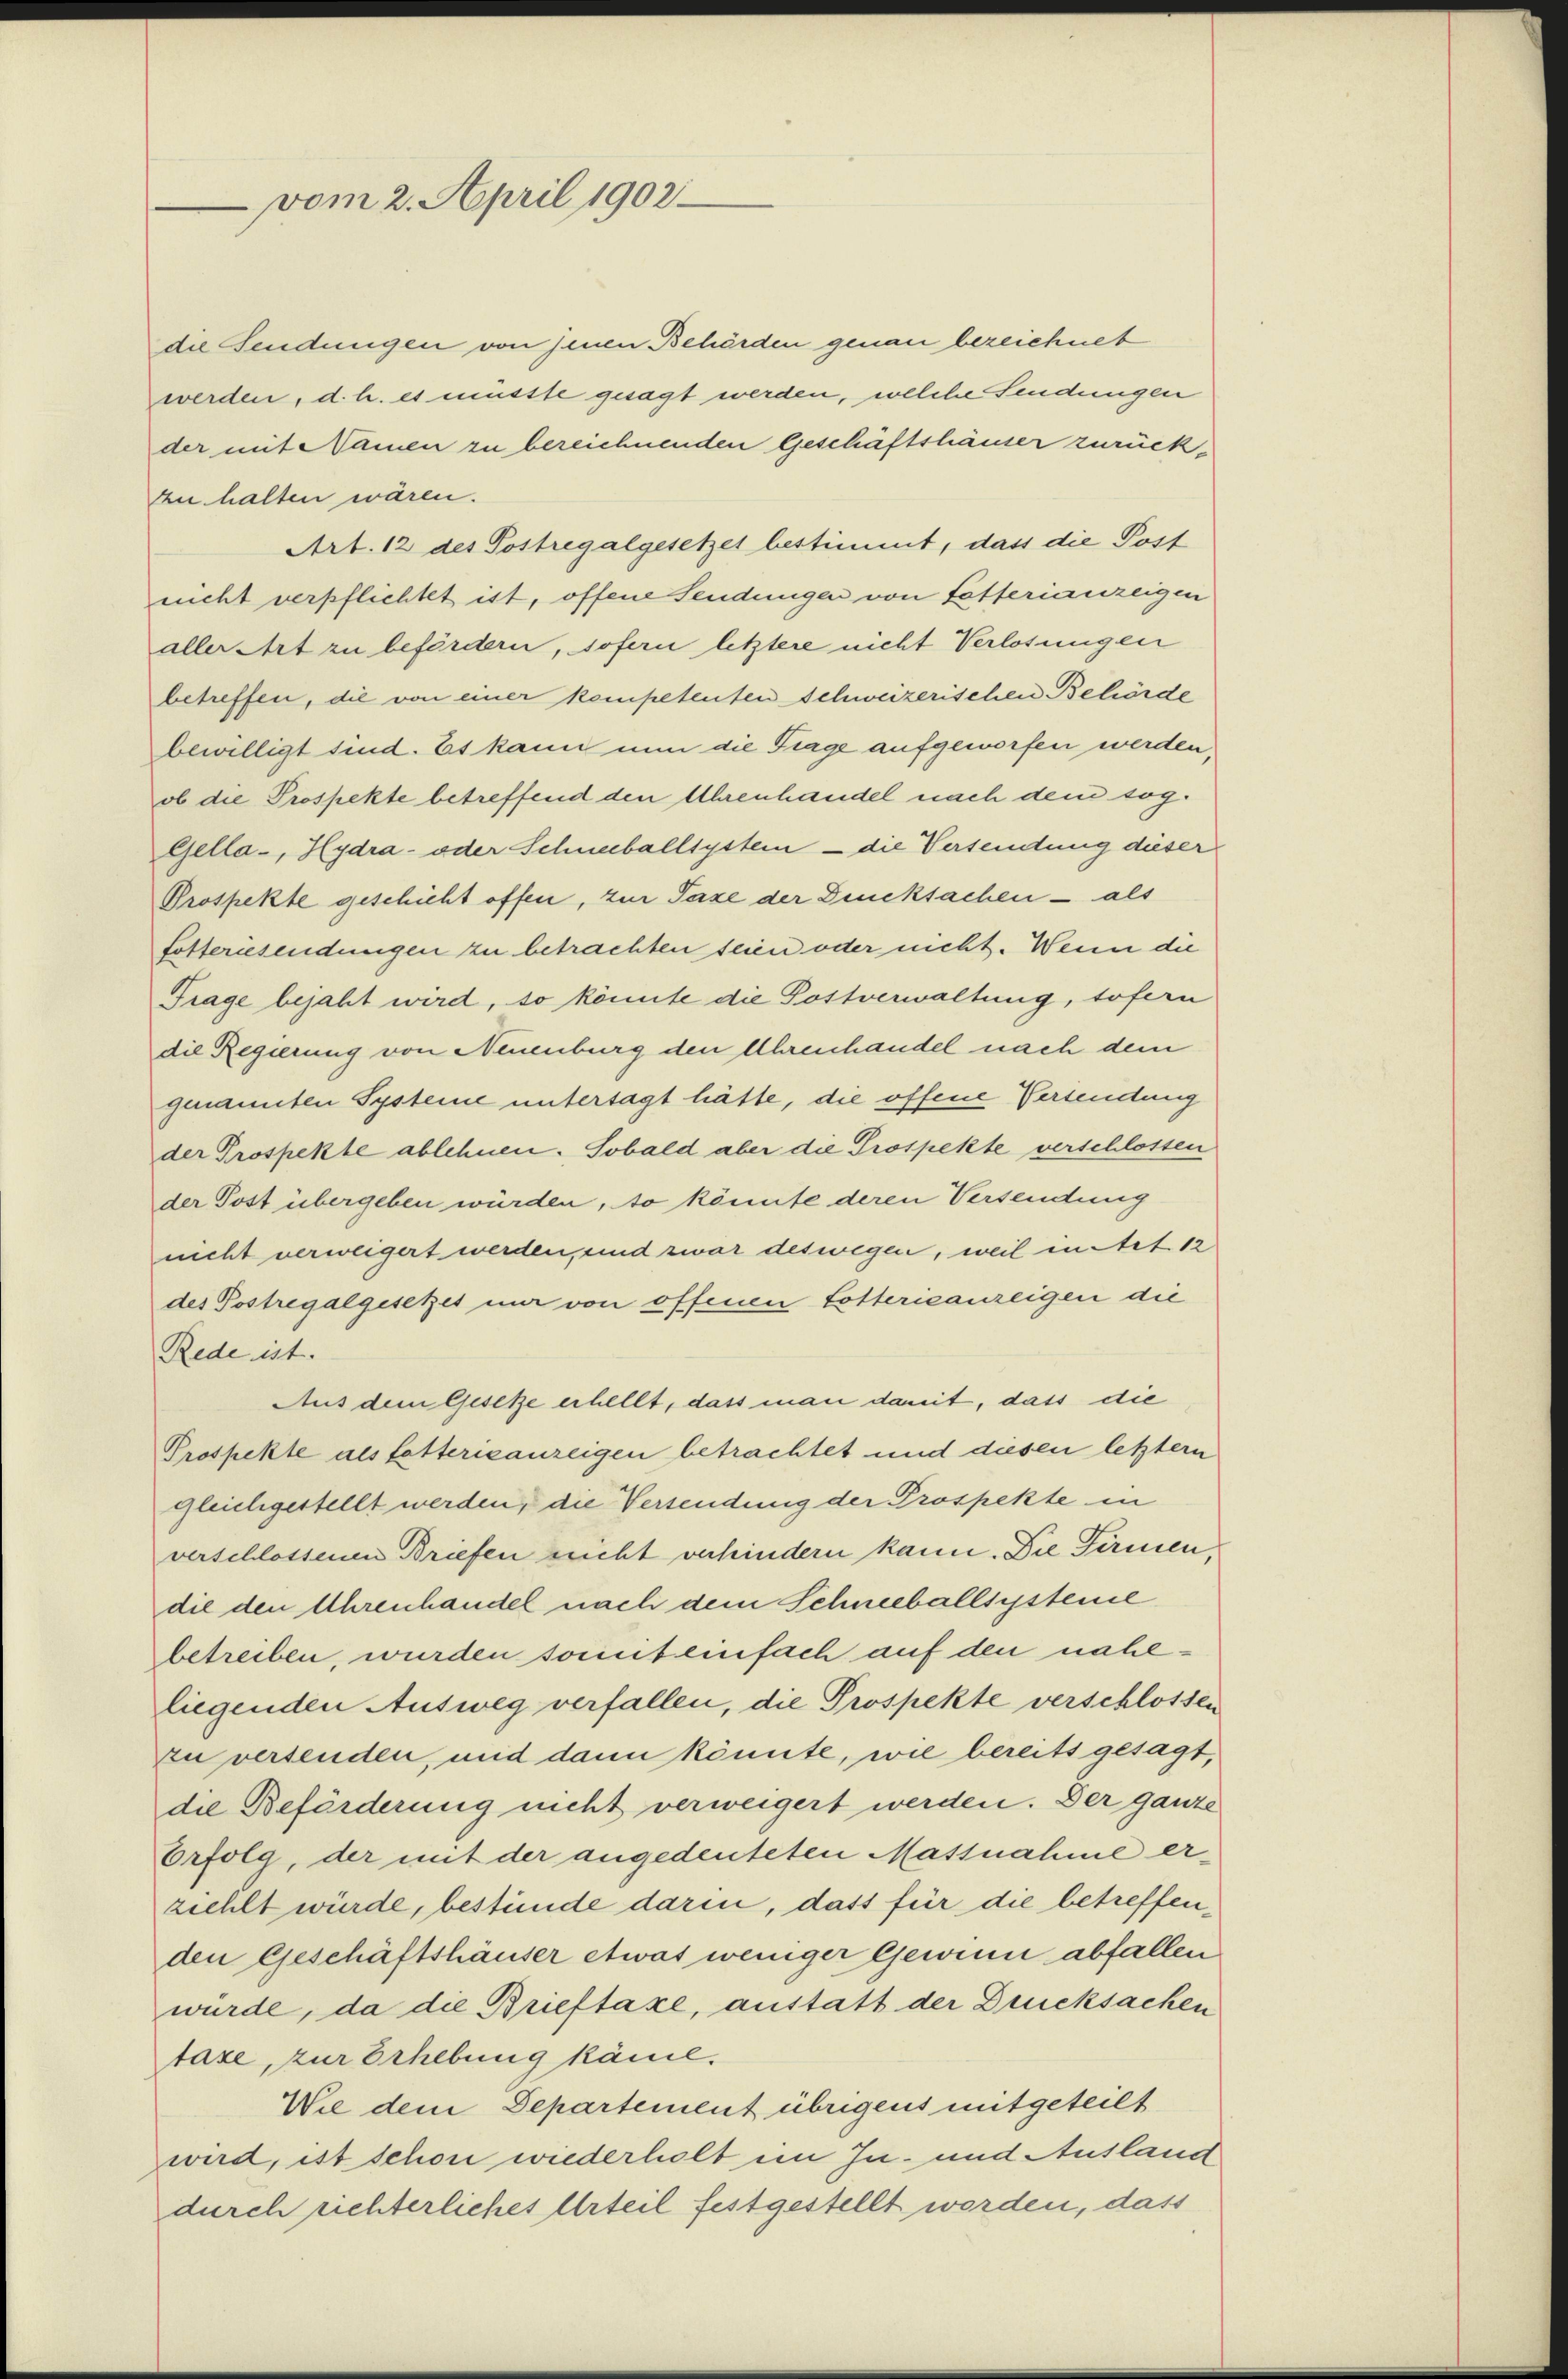
vom 2. April 1902.

die Sendungen von jenen Behörden genau bezeichnet
werden, d. h. es musste gesagt werden, welche Sendungen
der mit Namen zu bereichnenden Geschäftshäuser zurückzu halten wären.
Art. 12 des Postregalgesetzes bestimmt, dass die Post
nicht verpflichtet ist, offene Sendungen von Lotterianzeigen
aller Art zu befördern, sofern letztere nicht Verlosungen
betreffen, die von einer kompetenten Schweizerischen Behörde
bewilligt sind. Es kann nun die Frage aufgeworfen werden,
ob die Prospekte betreffend den Uhrenhandel nach dem sog.
Gella-, Hydra- oder Schneeballsystem – die Versendung dieser
Prospekte geschicht offen, zur Taxe der Dicksachen - als
fosternsendungen zu betrachten seien oder nicht. Wenn die
Frage bejaht wird, so könnte die Postverwaltung, sofern
die Regierung von Neuenburg den Uhrenhandel nach dem
genannten Systeine untersagt hätte, die offene Versendung
der Prospekte ablehnen. Sobald aber die Prospekte verschlossen
der Post übergeben würden, so könnte deren Versendung
nicht verweigert werden, und zwar deswegen, weil in Art. 12
des Postregalgesetzes mir von offenen Lotterieanzeigen die
Rede ist.
Aus dem Gesetze erhellt, dass man damit, dass die
Prospekte als fetterisanzeigen betrachtet und diesen letzter
gleichgestellt werden, die Versendung der Prospekte in
verschlossenen Briefen nicht verhindern kann. Die Firmendie den Uhrenhandel nach dem Schneeballsysteine
betreiben, wurden sonnt einfach auf den naheliegenden Ausweg verfallen, die Prospekte verschlossen
zu versenden, und dann könnte, wie bereits gesagt,
die Beförderung nicht verweigert werden. Der ganze
Erfolg, der mit der angedeuteten Massnahme erziehlt würde, bestünde darin, dass für die betreffenden Geschäftshäuser etwas weniger Gewinn abfallen
wurde, da die Brieftaxe, anstatt der Drucksachen
taxe, zur Erhebung käme.
Wie dem Departement übrigens mitgeteilt
wird, ist schon wiederholt im In- und Ausland
durch richterliches Urteil festgestellt worden, dass